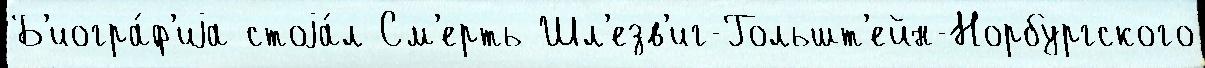
Б'иогра́ф'иjа стоjа́л См'ерть Шл'езв'иг-Гольшт'ейн-Норбургского